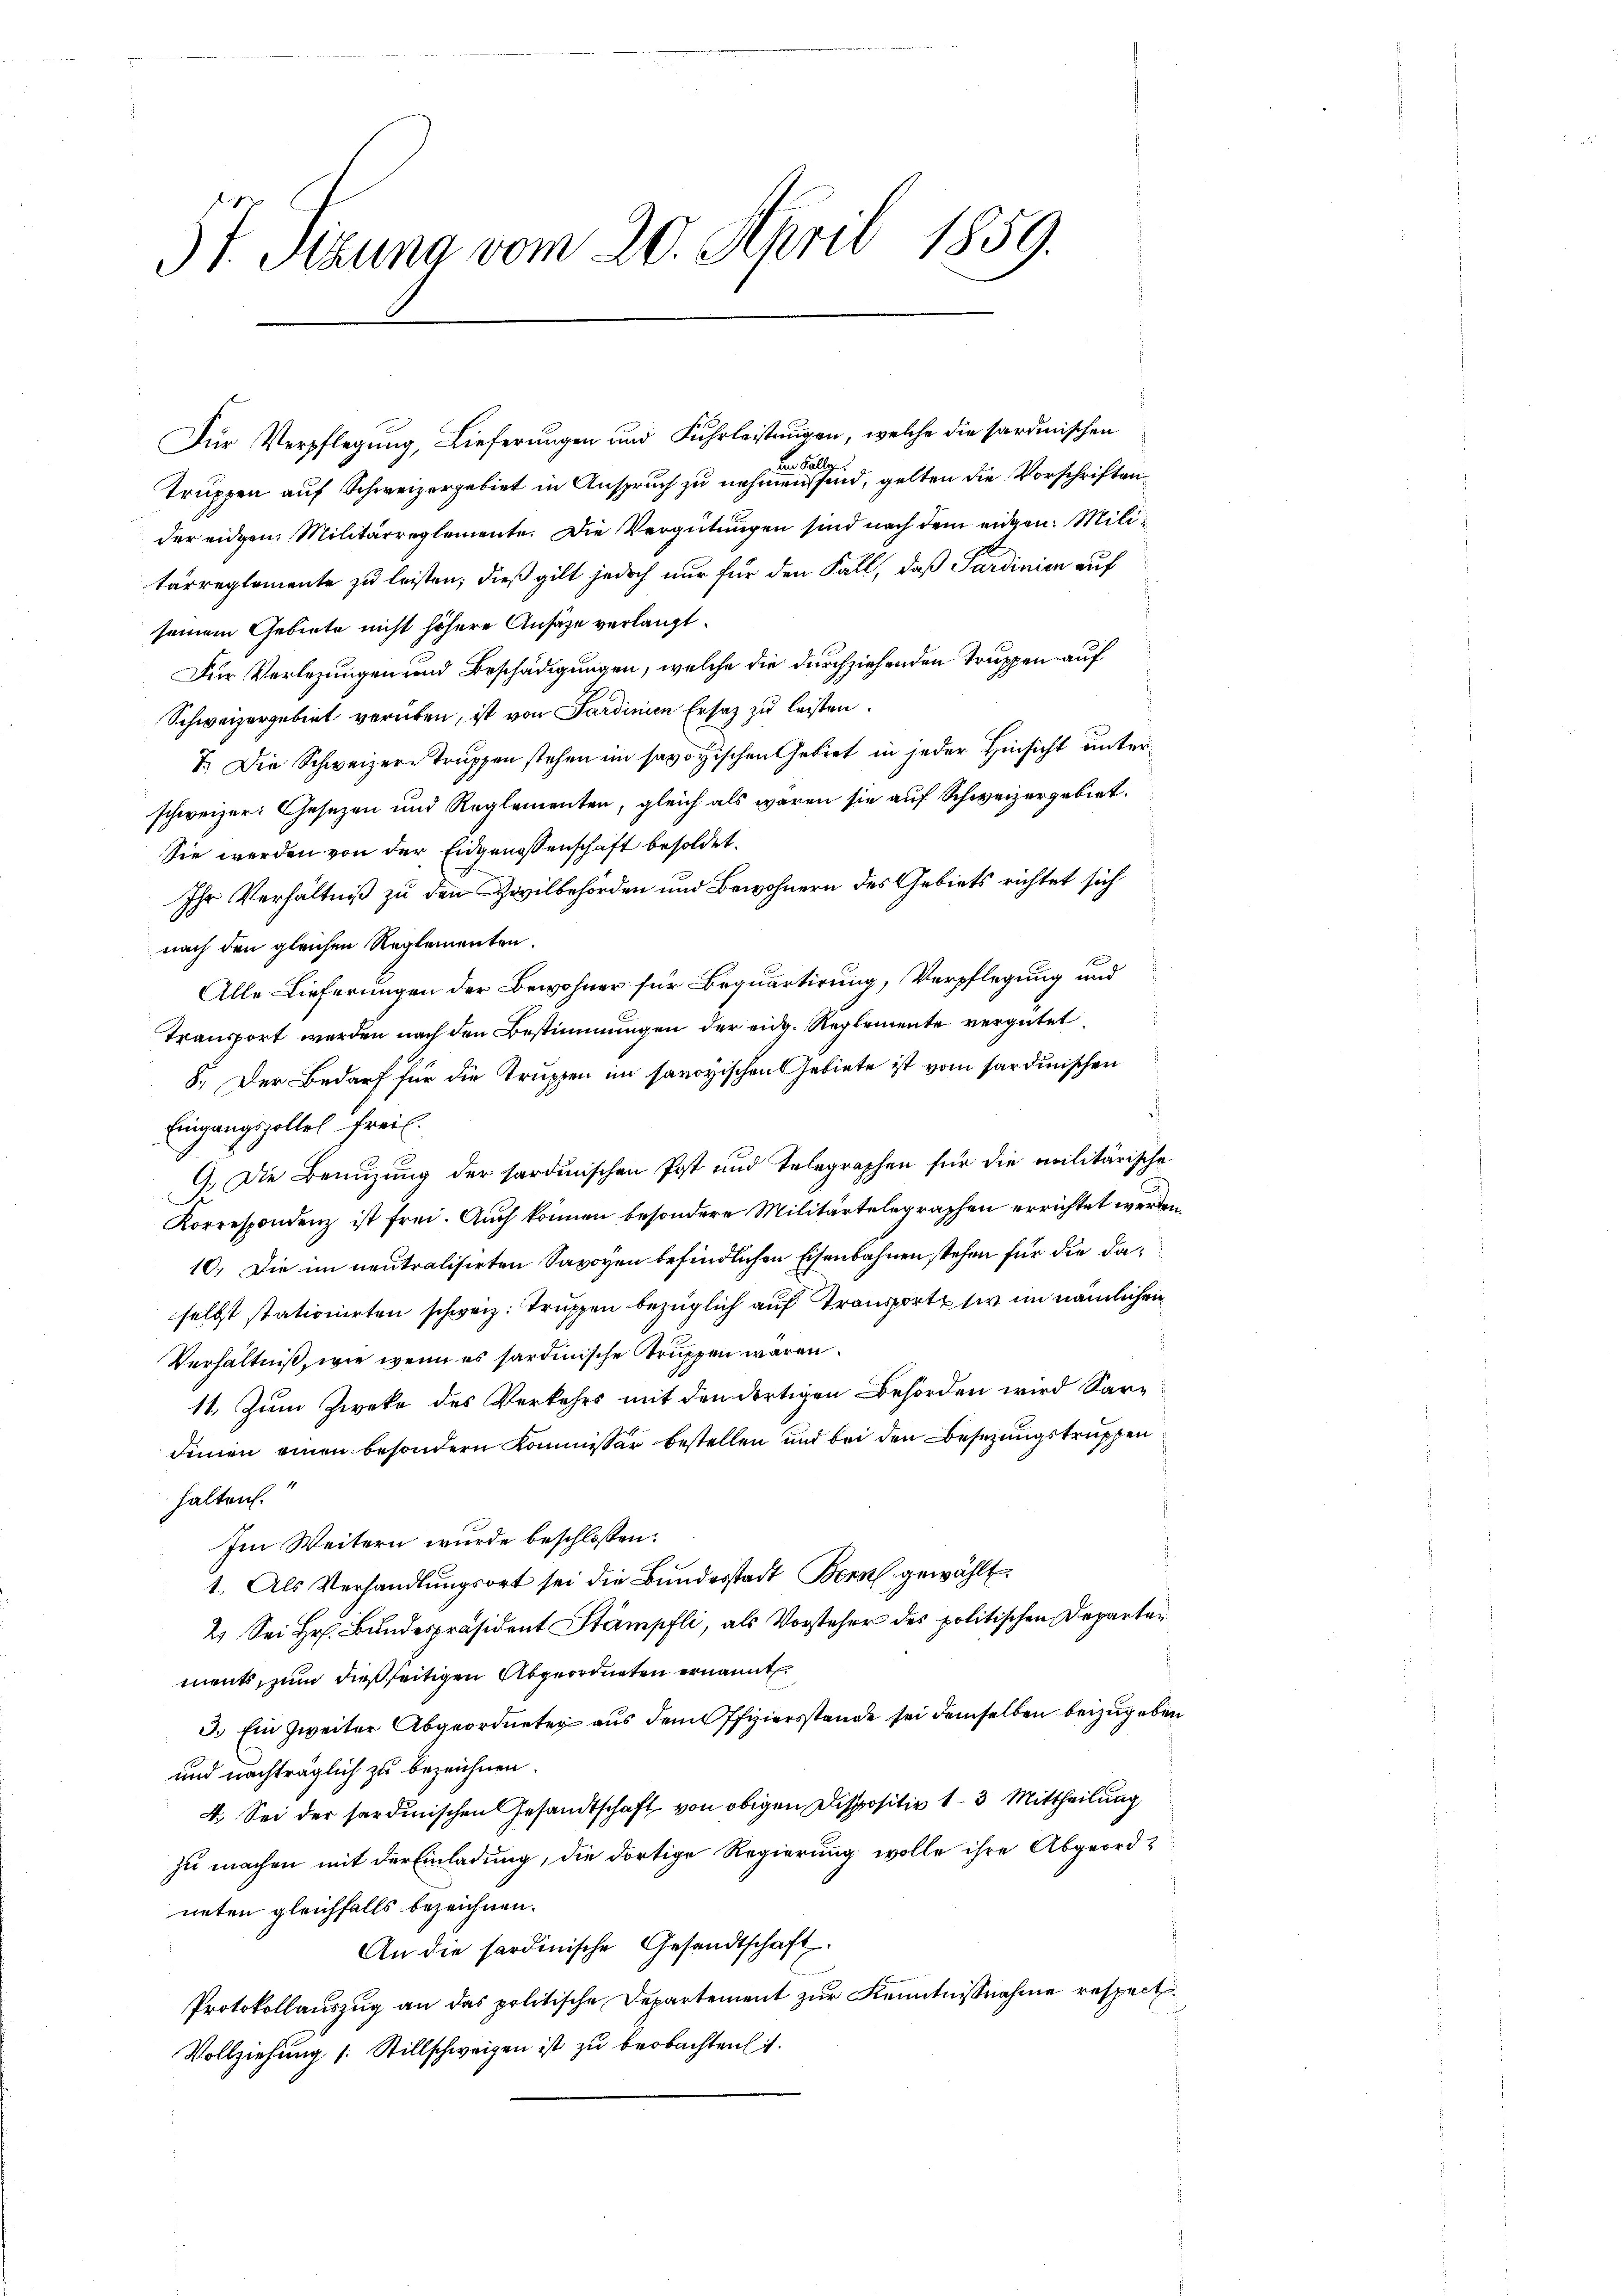
3t. Sitzung vom 20. April 1859.

Für Verpflegung, Lieferungen und Fuhrleistungen, welche die sardinischen
un Falle
Truppen auf Schweizergebiet in Anspruch zu nehmen sind, gelten die Vorschriften
der eidgen. Militärreglemente. Die Vergütungen sind nach dem eidgen. Militarreglemente zu leisten; dieß gilt jedoch nur für den Fall, daß Sardinien auf
seinem Gebiete nicht höhere Ansage verlangt.
Für Verlegungen und Beschädigungen, welche die durchziehenden Truppen auf
Schweizergebiet verüben, ist von Sardinien Ersatz zu leisten.
I. Die Schweizere Truppen stehen im savoyischen Gebiet in jeder Hinsicht unterschweizer: Gesezen und Reglementen, gleich als waren sie auf Schweizergebiet.
Sie werden von der Eidgenossenschaft besoldet.
Ihr Verhältniß zu den Zivilbehörden und Bewohnern des Gebiets richtet sich
nach den gleichen Reglementen.
Alle Lieferungen der Bewohner für Bequartirung, Verpflegung und
Transport werden nach den Bestimmungen der eidg. Reglemente vergütet
8. Der Bedarf für die Truppen im savoyischen Gebiete ist vom sardinischen
Eingangspoltel Freil.
9. Die Benuzung der sardinischen Post und Telegraphen für die militärische
Korrespondenz ist frei. Auch können besondere Militärtelegraphen errichtet werden.
10. Die im neutralisirten Savoyen befindlichen Eisenbahnen stehen für die daselbst stationirten schweiz. Truppen bezüglich auf Trans sie im nämlichen
Verhältniß, wie wenn es sardinische Struppen waren.
11. Zum Zweke des Verkehrs mit den dortigen Behörden wird Sardinien einen besondern Kommissär bestellen und bei den Besetzungstruppen
halten.
Im Weitern wurde beschlossen:
1. Als Verhandlungsort sei die Bundesstadt Bern gewählt.
2. Sei Hr. Bundespräsident Stämpfli, als Vorsteher des politischen Departer
ments, zum dießseitigen Abgeordneten ernannt
3.) Ein Zweiter Abgeordneter aus dem Offiziersstande sei demselben beizugeben
und nachträglich zu bezeichnen.
4. Sei der sardinischen Gesandtschaft von obigen Dispositiv 1–3 Mittheilung
zu machen mit der Einladung, die dortige Regierung wolle ihre Abgeordneten gleichfalls bezeichnen.
An die sardinische Gesandtschaft
Protokollauszug an das politische Departement zur Kenntnißnahme respect
Vollziehung 1. Stillschweizen ist zu beobachten.